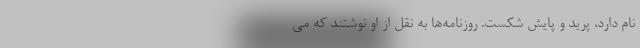
نام دارد، پرید و پایش شکست. روزنامه‌ها به نقل از او نوشتند که می‌